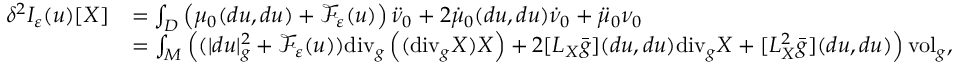
\begin{array} { r l } { \delta ^ { 2 } I _ { \varepsilon } ( u ) [ X ] } & { = \int _ { D } \left( \mu _ { 0 } ( d u , d u ) + \mathcal { F } _ { \varepsilon } ( u ) \right) \ddot { \nu } _ { 0 } + 2 \dot { \mu } _ { 0 } ( d u , d u ) \dot { \nu } _ { 0 } + \ddot { \mu } _ { 0 } \nu _ { 0 } } \\ & { = \int _ { M } \left( ( | d u | _ { g } ^ { 2 } + \mathcal { F } _ { \varepsilon } ( u ) ) \mathrm { d i v } _ { g } \left( ( \mathrm { d i v } _ { g } X ) X \right) + 2 [ L _ { X } \bar { g } ] ( d u , d u ) \mathrm { d i v } _ { g } X + [ L _ { X } ^ { 2 } \bar { g } ] ( d u , d u ) \right) \mathrm { v o l } _ { g } , } \end{array}